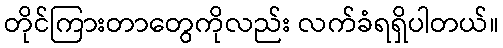
တိုင်ကြားတာတွေကိုလည်း လက်ခံရရှိပါတယ်။